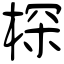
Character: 棎